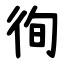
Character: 徇